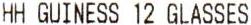
HH GUINESS 12 GLASSES